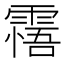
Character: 𩄭